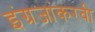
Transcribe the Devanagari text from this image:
इंग्रजांकरवी